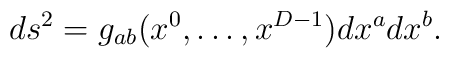
ds^2 = g_{ab}(x^0,\ldots,x^{D-1}) dx^a dx^b.